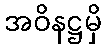
အဝိနဋ္ဌမှိ